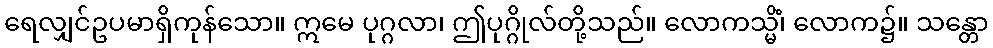
ရေလျှင်ဥပမာရှိကုန်သော။ ဣမေ ပုဂ္ဂလာ၊ ဤပုဂ္ဂိုလ်တို့သည်။ လောကသ္မိံ၊ လောက၌။ သန္တော